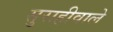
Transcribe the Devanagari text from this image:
सुराहीवाले